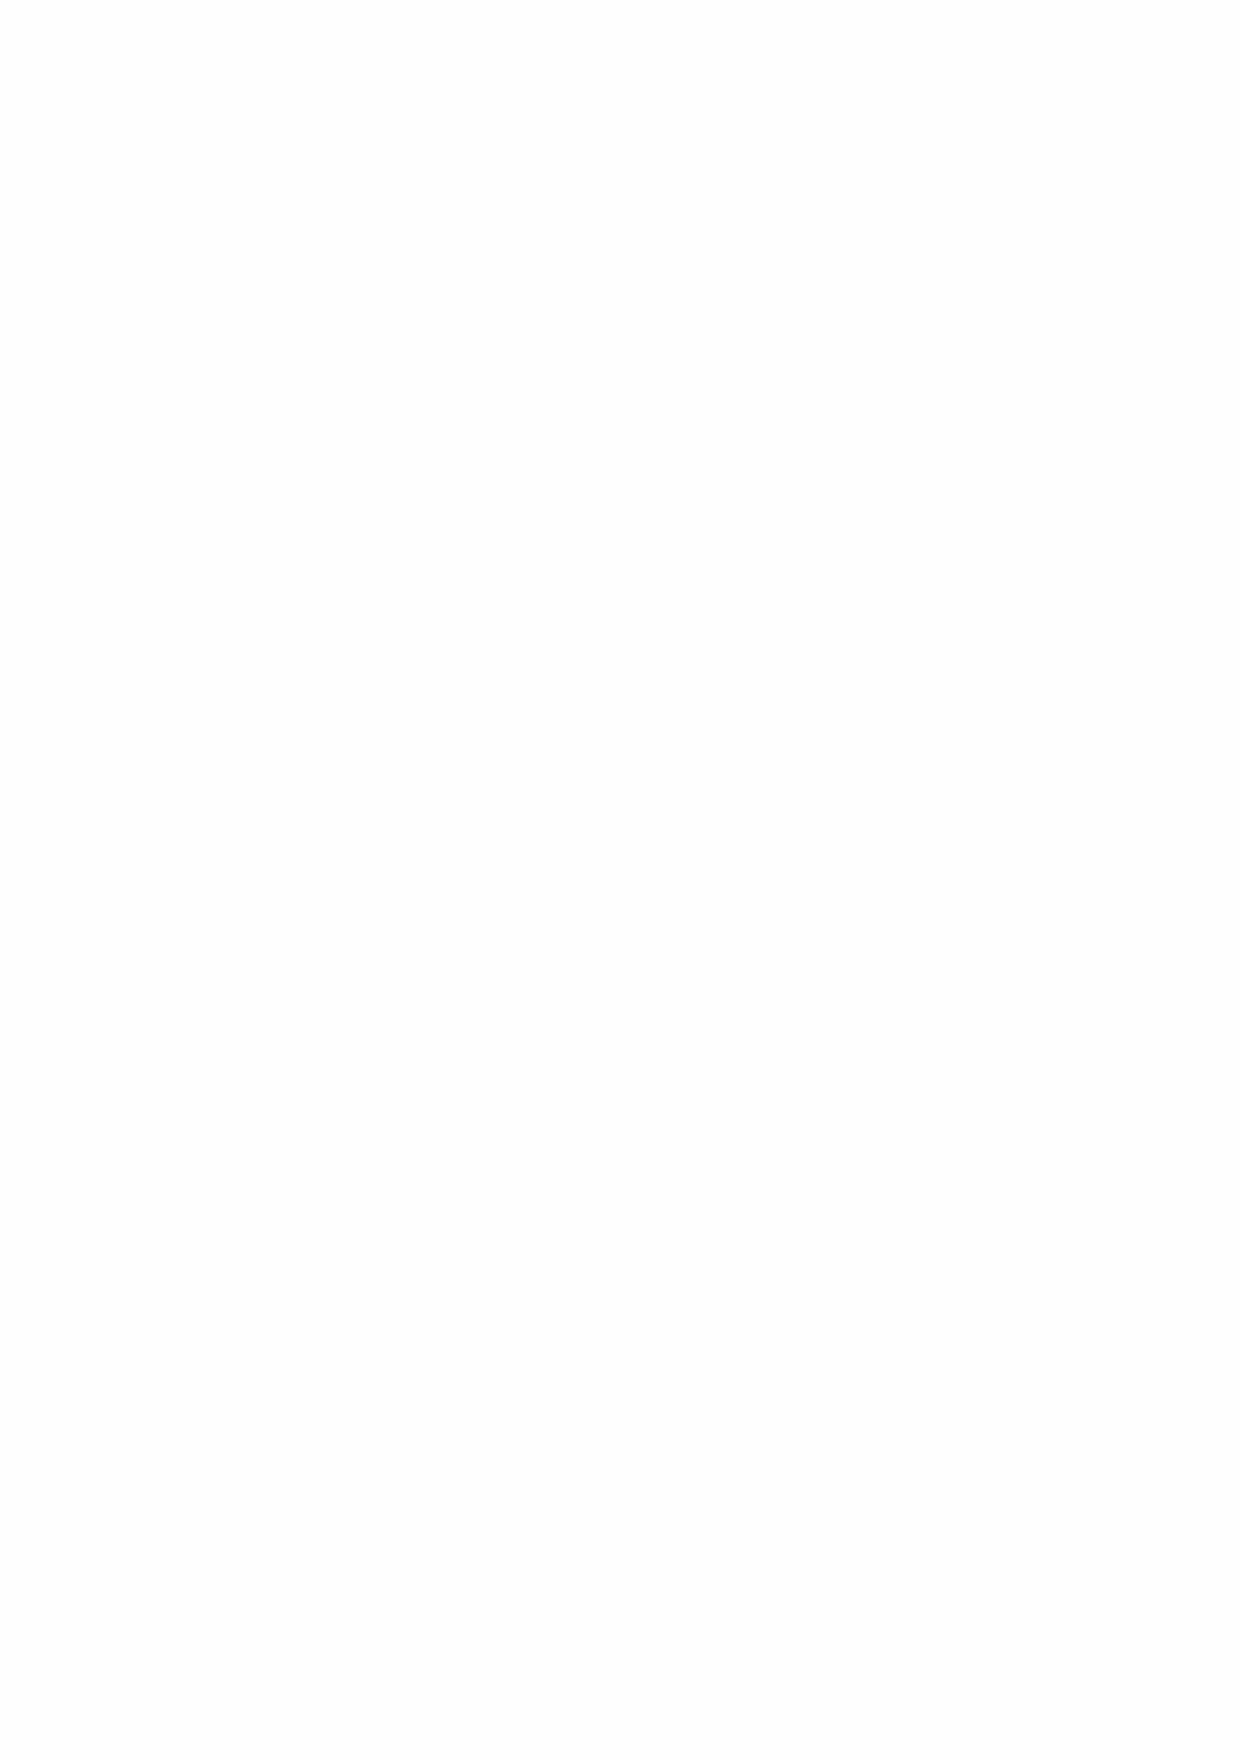
THE AUDIT REPORT OF THE COMPTROLLER AND AUDITOR GENERAL TO THE HOUSES OF
 PARLIAMENT
 Qualified opinion on financial statements
 I have audited the financial statements of Greenwich Hospital for the year ended 31 August
 2020 under the Greenwich Hospital Act 1865. The financial statements comprise: the
 Consolidated and Charity Statements of Financial Activities, the Consolidated and Charity
 Balance Sheets, the Consolidated and Charity Cash Flow and the related notes, including the
 significant accounting policies. The financial reporting framework that has been applied in their
 preparation is applicable law and United Kingdom Accounting Standards (United Kingdom
 Generally Accepted Accounting Practice).
 In my opinion, except for the possible effects of the matter described in the Basis for qualified
 opinion on financial statements paragraph:
 •  the financial statements give a true and fair view of the state of the group’s and of Greenwich
 Hospital’s affairs as at 31 August 2020 and of its income and endowments and expenditure
 for the year then ended; and
 •  the financial statements have been properly prepared in accordance with the Greenwich
 Hospital Act 1865 and Secretary of State directions issued thereunder.
 Basis for qualified opinion on financial statements
 The financial statements record a direct financial investment with a carrying value of £81.4m
 as at 31 August 2020. This represents a 10.253% minority holding of Greenwich Hospital in
 the Pollen Estate. For the year ended 31 August 2020 there was a £2.2m revaluation loss
 arising from the revaluation. I was unable to obtain sufficient appropriate audit evidence to
 support the assumptions and underlying data used in the valuation of the Pollen Estate
 holding. Consequently, I was unable to determine whether any adjustment to this amount or
 the associated loss on revaluation of direct financial investments was necessary. Further
 details of this matter are set out in the ‘Report on the Audit of the Financial Statements’ section
 below.
 Emphasis of matter – property valuation
 I draw attention to Notes 1(q) and 12 to the financial statements, which together describe a
 material valuation uncertainty, arising from the impact of the COVID-19 pandemic, on the
 professional valuation of the Greenwich Estate, which forms part of Greenwich Hospital’s
 investment property. My opinion is not modified in respect of this matter.
 Opinion on regularity
 In my opinion, in all material respects the income and expenditure recorded in the financial
 statements have been applied to the purposes intended by Parliament and the financial
 transactions recorded in the financial statements conform to the authorities which govern
 them.
 Basis of opinions
 I conducted my audit in accordance with International Standards on Auditing (ISAs) (UK) and
 Practice Note 10 ‘Audit of Financial Statements of Public Sector Entities in the United
 Kingdom’. My responsibilities under those standards are further described in the Auditor’s
 responsibilities for the audit of the financial statements section of my certificate. Those
 standards require me and my staff to comply with the Financial Reporting Council’s Revised
 Ethical Standard 2016. I am independent of the Greenwich Hospital and group in accordance
 with the ethical requirements that are relevant to my audit and the financial statements in the
 UK. My staff and I have fulfilled our other ethical responsibilities in accordance with these
 30